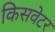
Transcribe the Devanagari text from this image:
किसवेटर